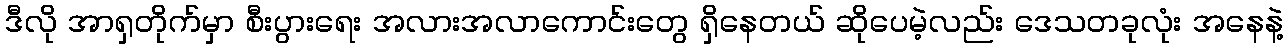
ဒီလို အာရှတိုက်မှာ စီးပွားရေး အလားအလာကောင်းတွေ ရှိနေတယ် ဆိုပေမဲ့လည်း ဒေသတခုလုံး အနေနဲ့